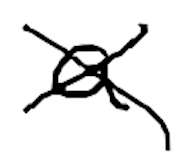
Text: a
Cross-out: mix
Writing tool: digital_black